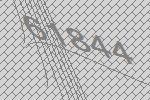
61844